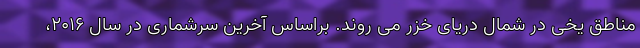
مناطق یخی در شمال دریای خزر می روند. براساس آخرین سرشماری در سال ۲۰۱۶،